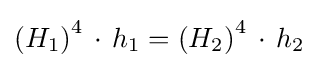
\left(H_{1}\right)^{4}\,\cdot \,h_{1}=\left(H_{2}\right)^{4}\,\cdot \,h_{2}